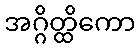
အဂ္ဂိတ္ထိကော